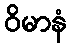
ဝိမာနံ